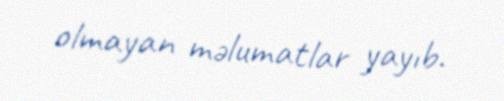
olmayan məlumatlar yayıb.